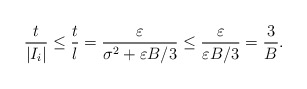
\begin{align*}\frac{t}{|I_i|} \leq \frac{t}{l} = \frac{\varepsilon}{\sigma^2 + \varepsilon B / 3}\leq \frac{\varepsilon}{\varepsilon B / 3} = \frac{3}{B}.\end{align*}